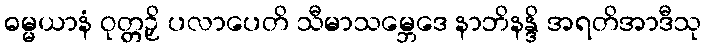
ဓမ္မယာနံ ဝုတ္တဉှိ ပလာပေတိ သီမာသမ္ဘေဒေ နာဘိနန္ဒိ အရတိအာဒီသု